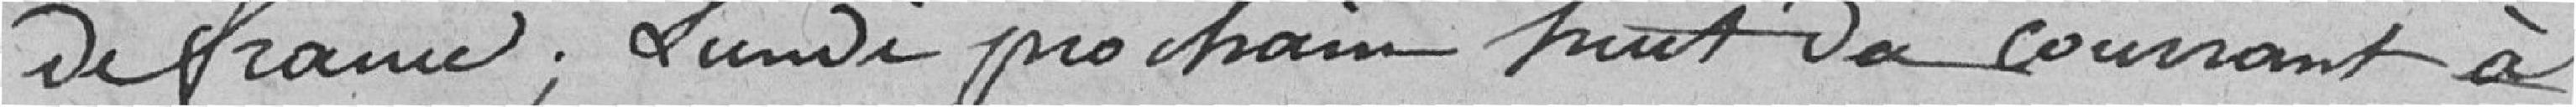
de France; Lundi prochain huit du courrant à